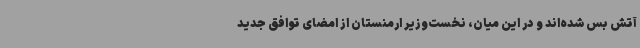
آتش بس شده‌اند و در این میان، نخست‌وزیر ارمنستان از امضای توافق جدید